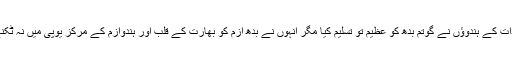
اعلیٰ ذات کے ہندوؤں نے گوتم بدھ کو عظیم تو تسلیم کیا مگر انہوں نے بدھ ازم کو بھارت کے قلب اور ہندوازم کے مرکز یوپی میں نہ ٹکنے دیا۔